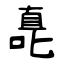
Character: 嗭